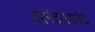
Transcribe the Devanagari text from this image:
आनंदाआनंद